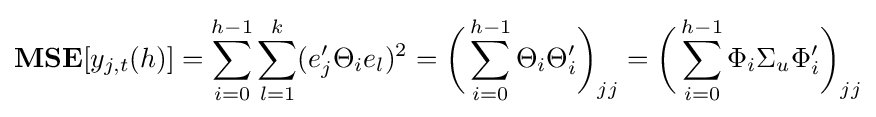
\mathbf {MSE} [y_{j,t}(h)]=\sum _{i=0}^{h-1}\sum _{l=1}^{k}(e_{j}'\Theta _{i}e_{l})^{2}={\bigg (}\sum _{i=0}^{h-1}\Theta _{i}\Theta _{i}'{\bigg )}_{jj}={\bigg (}\sum _{i=0}^{h-1}\Phi _{i}\Sigma _{u}\Phi _{i}'{\bigg )}_{jj}